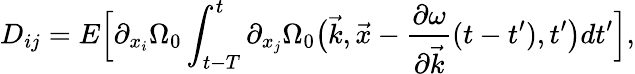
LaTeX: D_{ij}=E\Big[\partial_{{x}_{i}}\Omega_{0}\int_{t-T}^{t}\partial_{{x}_{j}}\Omega_{0}\big(\vec{k},\vec{x}-\frac{\partial\omega}{\partial\vec{k}}(t-t^{\prime}),t^{\prime}\big)dt^{\prime}\Big],